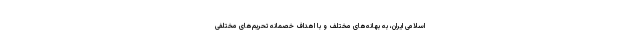
اسلامی ایران، به بهانه‌های مختلف و با اهداف خصمانه تحریم‌های مختلفی